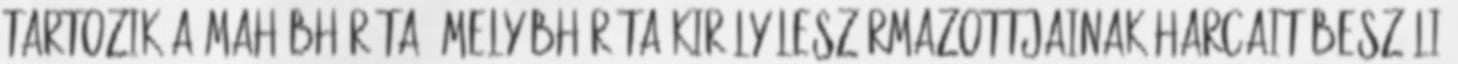
tartozik a Mahábháráta, mely Bháráta király leszármazottjainak harcait beszéli